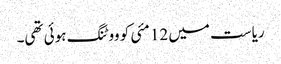
ریاست میں 12 مئی کو ووٹنگ ہوئی تھی۔